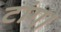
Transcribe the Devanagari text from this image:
टांग।